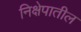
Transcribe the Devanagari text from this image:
निक्षेपातील